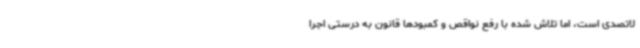
لاتصدی است، اما تلاش شده با رفع نواقص و کمبودها قانون به درستی اجرا